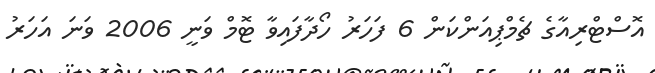
އޮސްޓްރިއާގެ ޗެމްޕިއަންކަން 6 ފަހަރު ހޯދާފައިވާ ޓޮމް ވަނީ 2006 ވަނަ އަހަރު